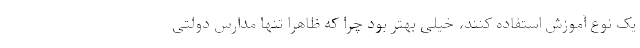
یک نوع آموزش استفاده کنند، خیلی بهتر بود چرا که ظاهرا تنها مدارس دولتی